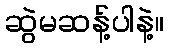
ဆွဲမဆန့်ပါနဲ့။